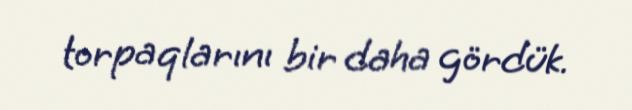
torpaqlarını bir daha gördük.